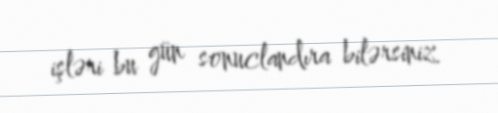
işləri bu gün sonuclandıra bilərsiniz.